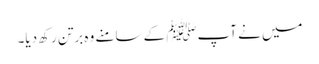
میں نے آپﷺ کے سامنے وہ برتن رکھ دیا۔